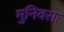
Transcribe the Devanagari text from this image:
मुनिवराः